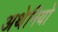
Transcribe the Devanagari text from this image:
अथेनियो